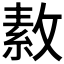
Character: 𪯑